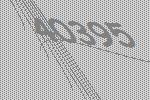
40395